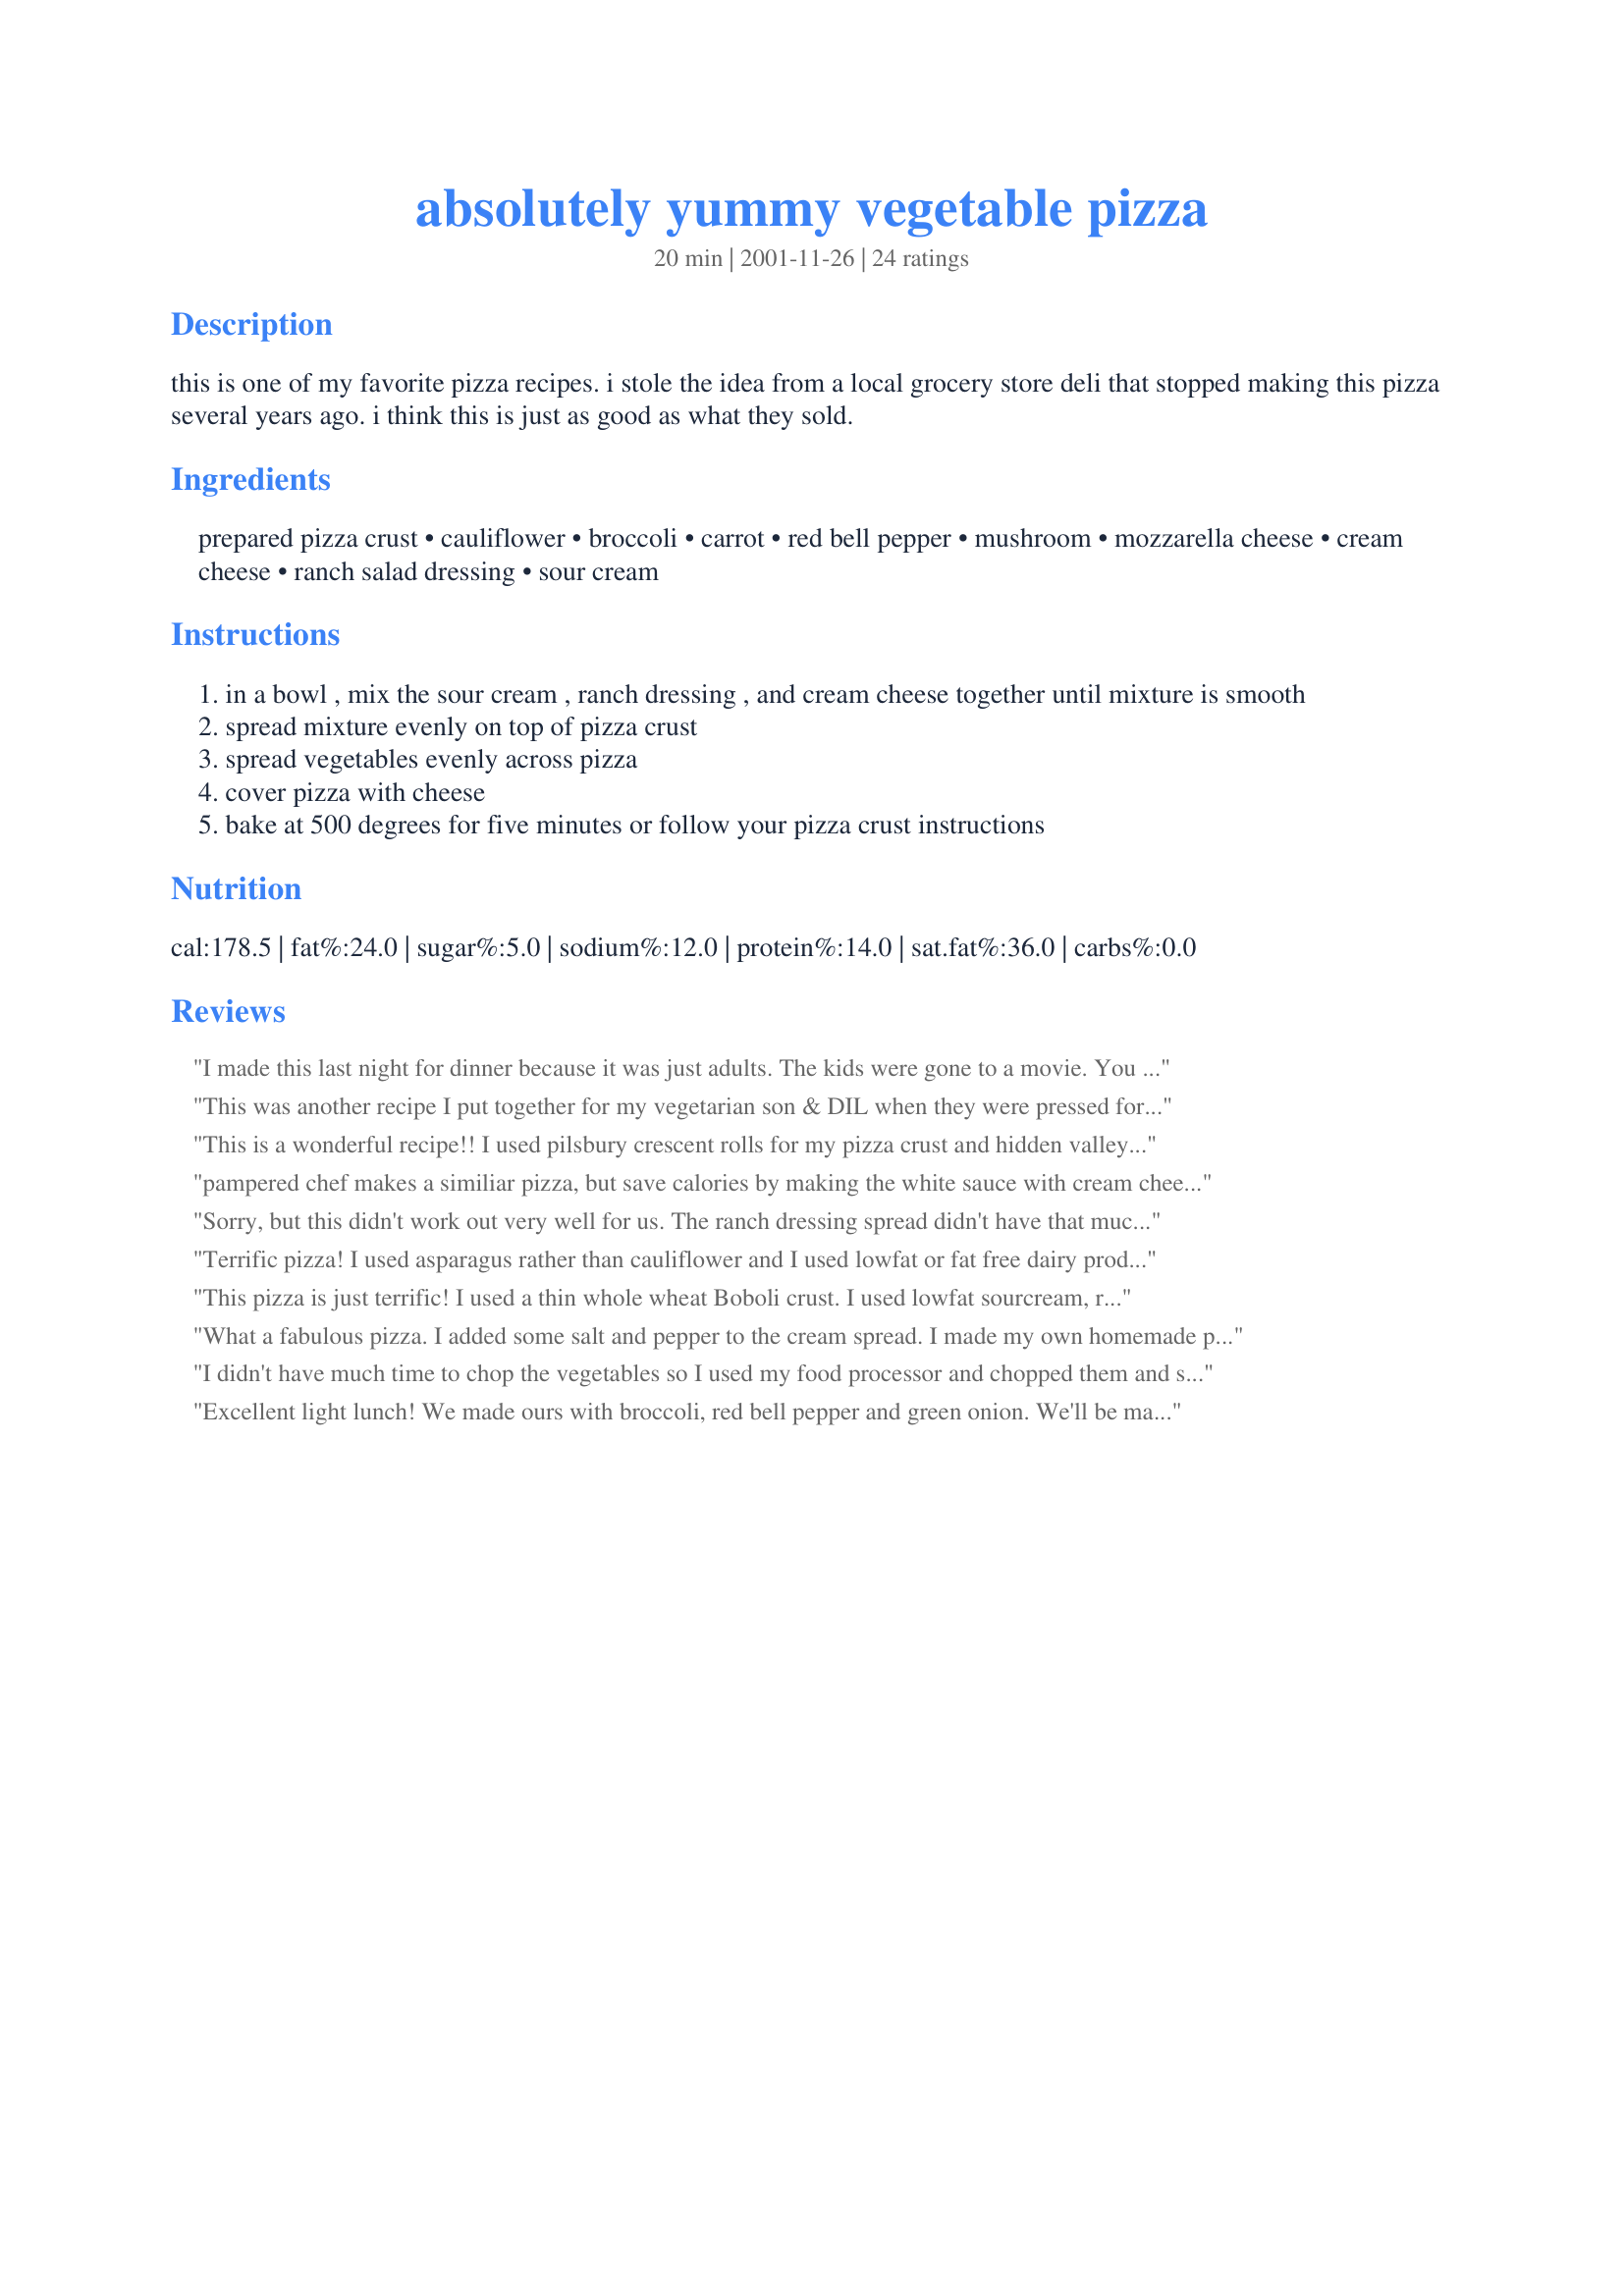
absolutely yummy vegetable pizza
Preparation time: 20 minutes

this is one of my favorite pizza recipes. i stole the idea from a local grocery store deli that stopped making this pizza several years ago. i think this is just as good as what they sold.

Ingredients:
prepared pizza crust, cauliflower, broccoli, carrot, red bell pepper, mushroom, mozzarella cheese, cream cheese, ranch salad dressing, sour cream

Steps:
in a bowl , mix the sour cream , ranch dressing , and cream cheese together until mixture is smooth
spread mixture evenly on top of pizza crust
spread vegetables evenly across pizza
cover pizza with cheese
bake at 500 degrees for five minutes or follow your pizza crust instructions

Reviews:
I made this last night for dinner because it was just adults. The kids were gone to a movie. You are right, this is absolutely yummy. My only addition was I added a little seasoned salt and cayenne pepper to the cream cheese sauce. Perfect veggie meal. My husband and I thank you.
This was another recipe I put together for my vegetarian son & DIL when they were pressed for time & I was willing to provide! Made my own crust & went on from there & they thoroughly enjoyed this veggie dish (minus 2 pieces kept here for the 2 of us!), but that's how things go when one needs to do a taste-test! We all loved it, & I've since given my DIL the recipe! Thanks for sharing it! [Made & reviewed in I Recommend recipe tag]
This is a wonderful recipe!! I used pilsbury crescent rolls for my pizza crust and hidden valley ranch mix. I also added chopped cauliflower and a 1/2 cup monteray jack cheese. This was absolutely delicious! A big hit with my crowd! I will make this again, thanks for posting.
pampered chef makes a similiar pizza, but save calories by making the white sauce with cream cheese and plain yogurt, and a ranch seasoning packet, instead of the ranch dressing and sour cream, tastes delicious. i use 2 packages crescent rolls for crust and bake before i add veggies, sauce and cheese.
Sorry, but this didn't work out very well for us. The ranch dressing spread didn't have that much flavor, and this combination of vegetables resulted in a fairly bland-tasting pizza. It seemed like it needed either some olives or other topping to liven up the flavor a little.
Terrific pizza! I used asparagus rather than cauliflower and I used lowfat or fat free dairy products. I absolutely love the idea that I can have a great pizza, that even Dh will excitedly eat, without a trace of grease. Thank you, Mighty Ripper.
This pizza is just terrific! I used a thin whole wheat Boboli crust. I used lowfat sourcream, ranch, and cream cheese; I accidentally bought onion and chive cream cheese and it was really good for this. I topped mine with a little crushed red pepper flakes (as I do with all pizza I eat) and we just loved this - thanks for sharing the recipe!
What a fabulous pizza. I added some salt and pepper to the cream spread. I made my own homemade pizza crust. The veggies and cheese over the creamy sauce were so delicious. Definitely didn't miss the meat. Thanks Elizabeth ;)
I didn't have much time to chop the vegetables so I used my food processor and chopped them and since they turned out finer than I hoped so I mixed it in with the cream cheese and I added more ranch than what was called for. I thought it was delicious!
Excellent light lunch! We made ours with broccoli, red bell pepper and green onion. We'll be making this often and try varying the veggies, too. Thanks!
My son and I enjoyed this pizza for lunch. The taste was good, but I think something is lacking, maybe a shot of intense flavor. Next time I may add a little sun dried tomato or olives. Thanks!
This is a delicious, fresh tasting pizza. I saut&eacute;d the veggies before I put them on and then baked the pizza at 425 until done.
The sauce is so yummy. I used more cauliflower cause I omitted the broccoli. It's so good with the cauliflower and carrots. That's a great addition to a pizza. Wonderful taste. Thanks Elizabeth :) Made for I Recommend tag game
Wonderful. I used a Boboli crust and used low-fat cream cheese and Hidden Valley dressing. I did add some red pepper flakes for zing and of course some red onions (slivered) to the pizza. To DH's half I did add some turkey sausage which I browned first and the sausage was delicious on it...he gobbled it down. Thank you for submitting the recipe. Made for Tailgating Party in the Diabetic Forum.
This was one of the best veggie pizza's I've ever had. I think the ranch dressing is a little on the tart side though, but that could probably be fixed by lessining how much you put in. I give it 4 stars because while it was really, really good, it was "explode in my mouth spectacular". I probably would make it again though.
I scaled this back for 2 serves and made 3 mini pizza's but only made 1/2 the required cream cheese amount (using low fat sour cream and cream cheese) which was plenty to cover the 3 pizza's and I put on grated zucchini in place of the broccoli and I grated the cauliflower so I would be sure that the vegie hating DM would eat hers and she absolutely loved it, thank you so much Elizabeth Fullerton, made for Healthy Choice ABC Tag.
didn't care for this much. i used the vegs called for in the recipe. maybe a different combo would be good. the pizza was good without the veggies (the crust, cheese and sauce mixture) boyfriend did not care for much either. sorry i feel bad that i'm the lowest reviewer of the recipe but i don't want to lie.
Very delicious! Didn't have all the veggies, but used the ones we did have and loved it! Thanks.
We loved this! Even though we are still experiencing winter I think it may become a summer time favorite. In the last couple weeks we had red peppers, zucchini and sweet onions go on sale and had a warm enough day for me to put them on the grill along with some cremini mushrooms I picked up. What we didn't eat was put in the freezer for later use. When I found this recipe I knew exactly what I wanted to do with the veggies. I used a prepared pizza crust mix that I rolled out with a rolling pin then took my pizza cutter and cut around the edges to clean it up a bit as it was scraggly around the edge. I mixed the cheese sauce as directed but couldn't detect the sour cream and thought it needed more "Ranchy" flavor so I mixed in what was probably closer to 1/2 cup. Topped my crust with the cheese mixture, my grilled veggies, a sprinkling of parmesan and about 4 ounces of mozzarella. Didn't think it needed any more than that with the cream cheese mixture. It was delicious! In the future I think I'll continue to skip the sour cream because it seems to get lost and just use a little more Ranch dressing. Fabulous recipe with so many possibilities!
This pizza is delicious! I made it for my family and they loved it. Even my husband who is a meat eater ate it and wanted to know when I would be making it again. Will be making it again and again and.........
Yes, it is absolutely yummy. The first time I made this, I made it exactly as written and loved it. The second time I made it, I added some diced chicken to it. It was just as good.
This is incredibly good. I used homemade pizza dough, homemade ranch dressing with the Neufchatel cheese and sour cream, and added red onion and spinach leaves. I cooked it on 500 for 5 minutes, reduced the temp to 425 and cooked it for 15 minutes and left it on the stone for a while longer after I took it out of the oven. (to increase &#039;crispiness.&#039; Delicious pizza. I&#039;ll make this again. Thank you for the recipe! This is the recipe I used for my crust. I mix it in the food processor until elastic and do not knead. Easy Peasy! http://low-cholesterol.food.com/recipe/pizza-dough-for-thin-crust-pizza-70165
Wow! I thought this was a terrific veggie pizza. For veggies I used green peppers, tomatoes and zucchini. I think you could use whatever combo you had on hand and it would still be delicious. Thanks Elizabeth!!!
I really enjoyed this pizza. I have to admit though I do not like half cooked/raw vegetables so next time I will parboil them first. The sauce was delicious and when I make this again I'll add some onions, salt and chicken. Made for 2012 Zaar Alphabet Soup Tag game.
